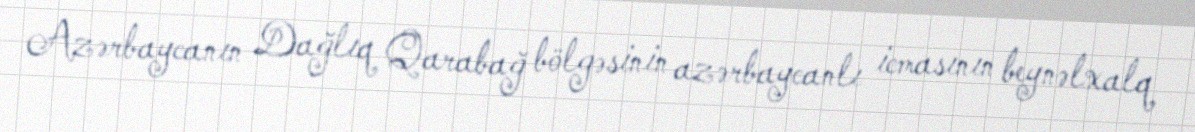
Azərbaycanın Dağlıq Qarabağ bölgəsinin azərbaycanlı icmasının beynəlxalq